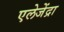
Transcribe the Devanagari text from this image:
एलेजेंद्रा